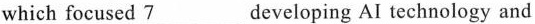
which focused \underline{7} developing AI technology and